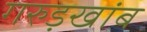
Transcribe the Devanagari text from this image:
गरुड़खांब